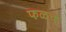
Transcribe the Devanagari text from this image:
फळच